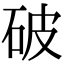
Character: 破